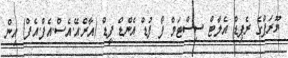
ޔޫރަޕްގެ ރެޕިޑް އެލާޓް ސިސްޓަމް ފޯ ފުޑް އެންޑް ފީޑް (އާރް.އޭ.އެސް.އެފް.އެފް) އިން